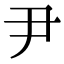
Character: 尹